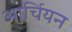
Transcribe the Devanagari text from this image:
आर्चियन